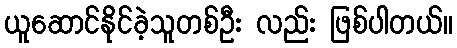
ယူဆောင်နိုင်ခဲ့သူတစ်ဦး လည်း ဖြစ်ပါတယ်။